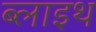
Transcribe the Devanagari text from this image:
ब्लाइथ